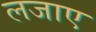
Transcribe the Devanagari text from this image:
लजाए